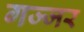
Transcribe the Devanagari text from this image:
गज्जर